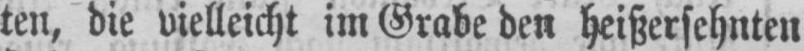
ten, die vielleicht im Grabe den heißersehnten